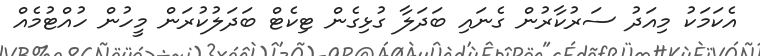
އެކަމަކު މިއަދު ސަރުކާރުން ގެނައި ބަދަލާ ގުޅިގެން ޓިކެޓް ބަދަލުކުރަން މީހުން ހުއްޓުމެއް